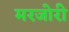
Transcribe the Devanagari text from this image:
मरजोरी